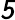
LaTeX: \mathsfit{5}